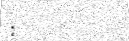
: